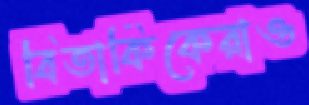
বিতার্কিকেরাও